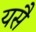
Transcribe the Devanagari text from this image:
यसै